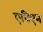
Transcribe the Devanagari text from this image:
एविएन